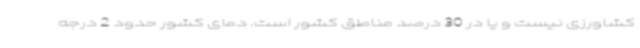
کشاورزی نیست و یا در 30 درصد مناطق کشور است. دمای کشور حدود 2 درجه